Annual report on the working of the lock hospitals in the Central Provinces
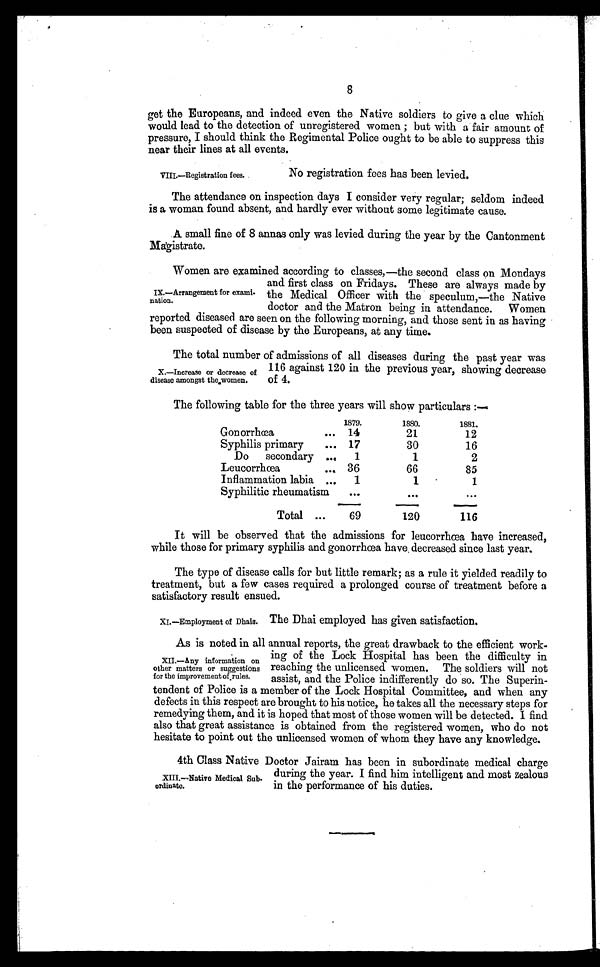
8
get the Europeans, and indeed even the Native soldiers to give a clue which
would lead to the detection of unregistered women ; but with a fair amount of
pressure, I should think the Regimental Police ought to be able to suppress this
near their lines at all events.
VIII.—Registration fees.
No registration fees has been levied.
The attendance on inspection days I consider very regular; seldom indeed
is a woman found absent, and hardly ever without some legitimate cause.
A small fine of 8 annas only was levied during the year by the Cantonment
Magistrate.
Women are examined according to classes,—the second class on Mondays
and first class on Fridays. These are always made by
the Medical Officer with the speculum,—the Native
doctor and the Matron being in attendance. Women
reported diseased are seen on the following morning, and those sent in as having
been suspected of disease by the Europeans, at any time.
The total number of admissions of all diseases during the past year was
116 against 120 in the previous year, showing decrease
of 4.
The following table for the three years will show particulars:—
1879.
1880.
1881.
Gonorrhœa
... 14
21
12
Syphilis primary
... 17
30
16
Do secondary ...
1
1
2
Leucorrhœa
... 36
66
85
Inflammation labia ...
1
1
1
Syphilitic rheumatism
...
. . .
. . .
Total ...
69
120
116
It will be observed that the admissions for leucorrhœa have increased,
while those for primary syphilis and gonorrhœa have . decreased since last year.
The type of disease calls for but little remark; as a rule it yielded readily to
treatment, but a few cases required a prolonged course of treatment before a
satisfactory result ensued.
IX.—Arrangement for exami-
nation.
X.—Increase or decrease of
disease amongst the women.
XI.—Employment of Dhais.
The Dhai employed has given satisfaction.
As is noted in all annual reports, the great drawback to the efficient work-
ing of the Lock Hospital has been the difficulty in
reaching the unlicensed women. The soldiers will not
assist, and the Police indifferently do so. The Superin-
tendent of Police is a member of the Lock Hospital Committee, and when any
defects in this respect are brought to his notice, he takes all the necessary steps for
remedying them, and it is hoped that most of those women will be detected. I find
also that great assistance is obtained from the registered women, who do not
hesitate to point out the unlicensed women of whom they have any knowledge.
4th Class Native Doctor Jairam has been in subordinate medical charge
during the year. I find him intelligent and most zealous
in the performance of his duties.
XII.—Any information on
other matters or suggestions
for the improvement of rules.
XIII.—Native Medical Sub-
ordinate.